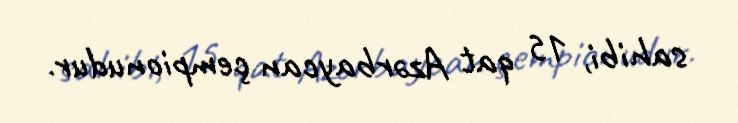
sahibi, 15 qat Azərbaycan çempionudur.